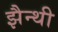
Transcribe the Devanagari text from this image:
झैन्थी